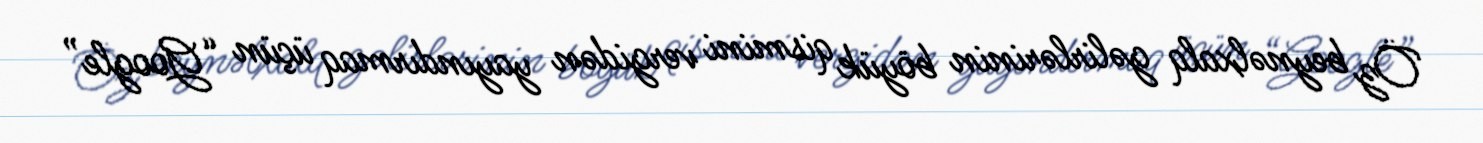
Öz beynəlxalq gəlirlərinin böyük qismini vergidən yayındırmaq üçün “Google”